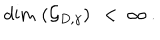
LaTeX: \mathrm { d i m } \, \left( { \mathcal G } _ { D , \gamma } \right) \ < \ \infty \ .